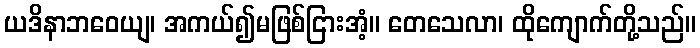
ယဒိနာဘဝေယျ၊ အကယ်၍မဖြစ်ငြားအံ့။ တေသေလာ၊ ထိုကျောက်တို့သည်။